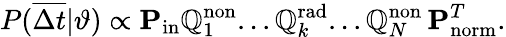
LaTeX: P(\overline{{\Delta t}}|\vartheta)\propto\mathbf{P}_{\mathrm{in}}\mathbb{Q}_{1}^{\mathrm{non}}...\mathbb{Q}_{k}^{\mathrm{rad}}...{\mathbb{Q}}_{N}^{\mathrm{non}}\, \mathbf{P}_{\mathrm{norm}}^{T}.